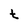
Character: t